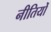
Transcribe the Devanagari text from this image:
नीतियोँ